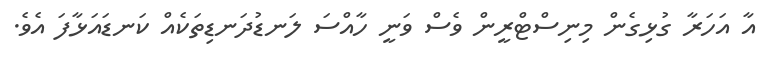
އާ އަހަރާ ގުޅިގެން މިނިސްޓްރީން ވެސް ވަނީ ހާއްސަ ލަނޑުދަނޑިތަކެއް ކަނޑައަޅާފަ އެވެ.